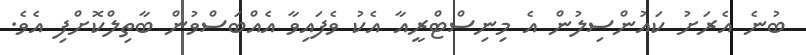
ބުނެ އެރަށު ކައުންސިލުން އެ މިނިސްޓްރީއާ އެކު ވެފައިވާ އެއްބަސްވުން ބާތިލްކޮށްފި އެވެ.